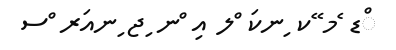
ްޑ ެމ ޭކ ިނކަ ްލ އި ްނ ިޖ ިނއަރ ްސ